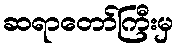
ဆရာတော်ကြီးမှ